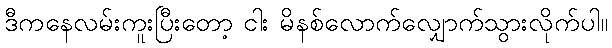
ဒီကနေလမ်းကူးပြီးတော့ ငါး မိနစ်လောက်လျှောက်သွားလိုက်ပါ။